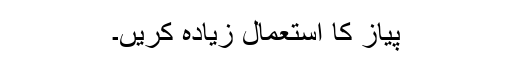
پیاز کا استعمال زیادہ کریں۔